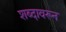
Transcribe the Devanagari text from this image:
शब्‍दावरून